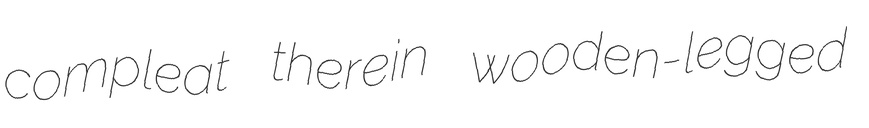
compleat therein wooden-legged